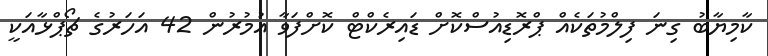
ކާމިޔާބު ގިނަ ފިލްމުތަކެއް ޕްރޮޑިއުސްކޮށް ޑައިރެކްޓް ކޮށްފަވާ އުމުރުން 42 އަހަރުގެ ޗޯޕްޅާއަކީ